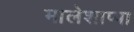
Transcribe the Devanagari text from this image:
मालेशाप्पा